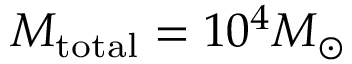
M _ { \mathrm { { t o t a l } } } = 1 0 ^ { 4 } M _ { \odot }